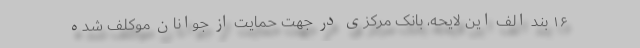
۱۶ بند الف این لایحه، بانک مرکزی در جهت حمایت از جوانان موکلف شده